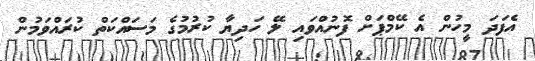
އެފަދަ މީހުން އެ ކޭމްޕަށް ފޮނުއްވައި ލޭ ހަދިޔާ ކުރުމުގެ މަސައްކަތް ކުރައްވަމުން